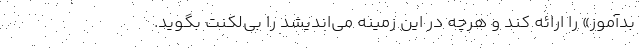
بدآموز» را ارائه کند و هرچه در این زمینه می‌اندیشد را بی‌لکنت بگوید.